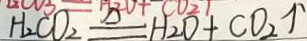
H _ { 2 } C _ { 2 } O _ { 2 } \xlongequal { \Delta } H _ { 2 } O + C O _ { 2 } \uparrow